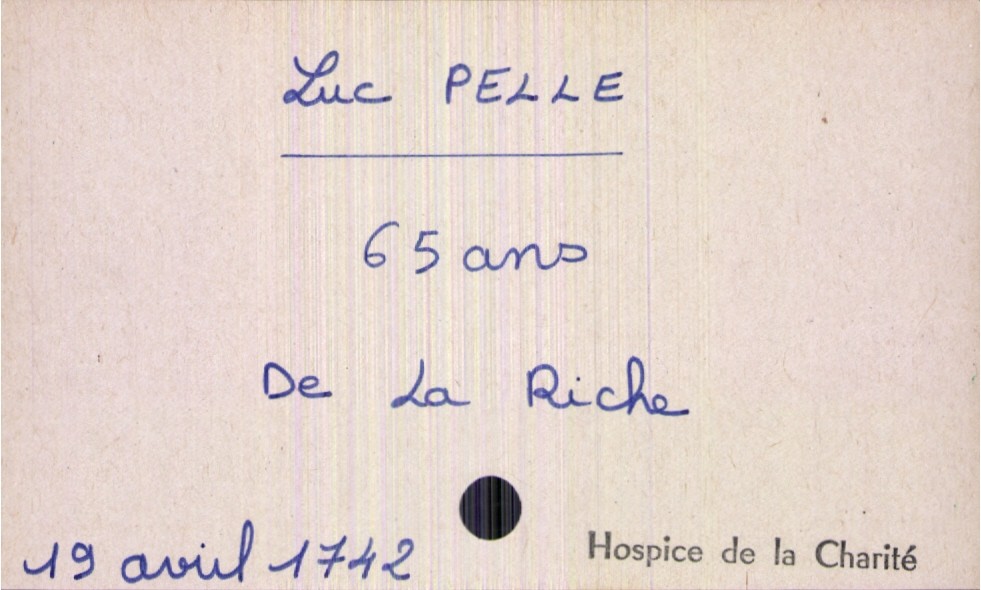
type_acte: Décès
année: 1742
mois: avril
jour: 19
paroisse: Hospice de la Charité
défunt_nom: Pelle
défunt_prénom: Luc
défunt_sexe: H
défunt_âge: 65 ans
défunt_lieu_de_naissance: La Riche